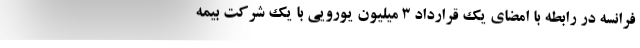
فرانسه در رابطه با امضای یک قرارداد 3 میلیون یورویی با یک شرکت بیمه